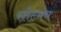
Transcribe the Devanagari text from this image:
स्तेल्मच